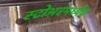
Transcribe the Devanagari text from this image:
स्टोअरमध्येच